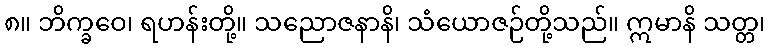
၈။ ဘိက္ခဝေ၊ ရဟန်းတို့။ သညောဇနာနိ၊ သံယောဇဉ်တို့သည်။ ဣမာနိ သတ္တ၊